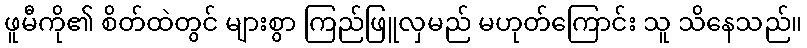
ဖူမီကို၏ စိတ်ထဲတွင် များစွာ ကြည်ဖြူလှမည် မဟုတ်ကြောင်း သူ သိနေသည်။